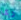
ربما